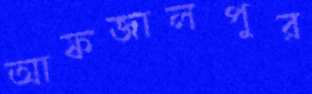
আফজালপুর